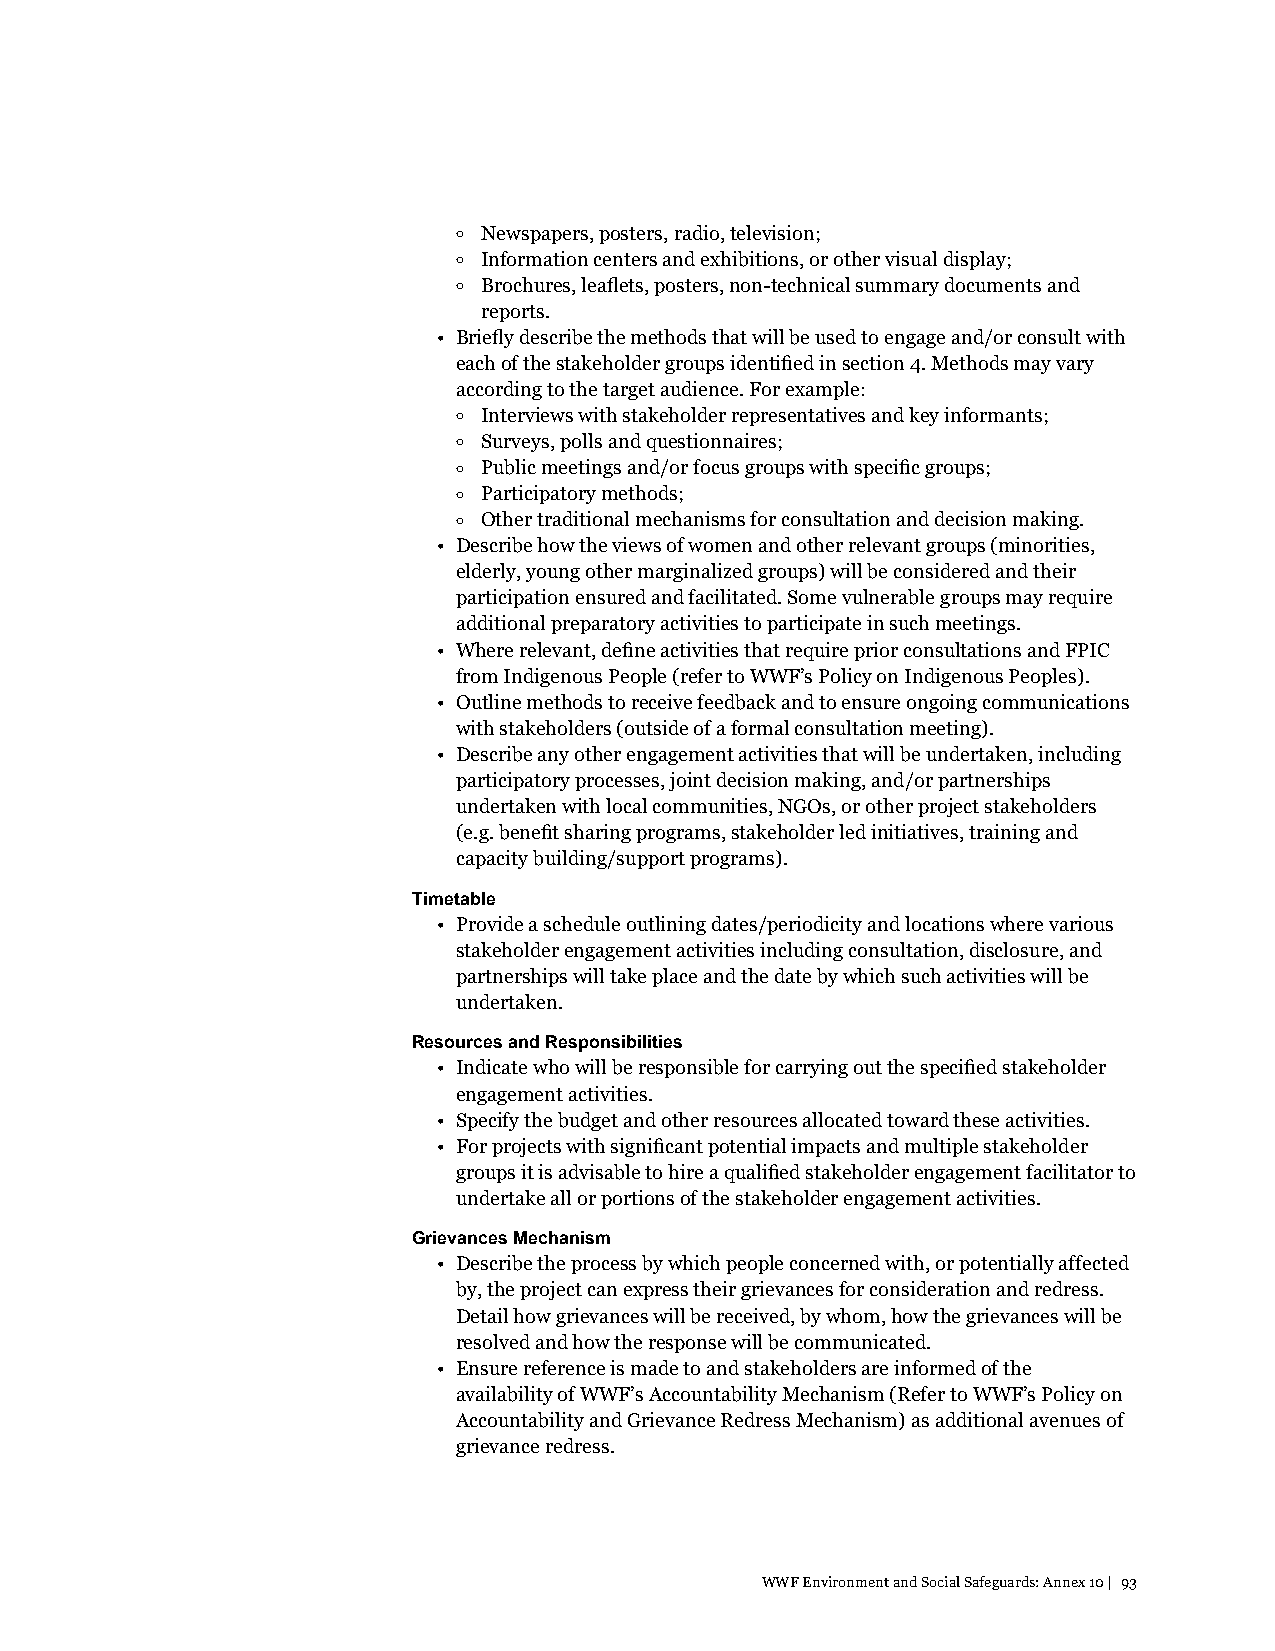
o Newspapers, posters, radio, television;
 o Information centers and exhibitions, or other visual display;
 o Brochures, leaflets, posters, non-technical summary documents and
 reports.
 • Briefly describe the methods that will be used to engage and/or consult with
 each of the stakeholder groups identified in section 4. Methods may vary
 according to the target audience. For example:
 o Interviews with stakeholder representatives and key informants;
 o Surveys, polls and questionnaires;
 o Public meetings and/or focus groups with specific groups;
 o Participatory methods;
 o Other traditional mechanisms for consultation and decision making.
 • Describe how the views of women and other relevant groups (minorities,
 elderly, young other marginalized groups) will be considered and their
 participation ensured and facilitated. Some vulnerable groups may require
 additional preparatory activities to participate in such meetings.
 • Where relevant, define activities that require prior consultations and FPIC
 from Indigenous People (refer to WWF’s Policy on Indigenous Peoples).
 • Outline methods to receive feedback and to ensure ongoing communications
 with stakeholders (outside of a formal consultation meeting).
 • Describe any other engagement activities that will be undertaken, including
 participatory processes, joint decision making, and/or partnerships
 undertaken with local communities, NGOs, or other project stakeholders
 (e.g. benefit sharing programs, stakeholder led initiatives, training and
 capacity building/support programs).
 Timetable
 • Provide a schedule outlining dates/periodicity and locations where various
 stakeholder engagement activities including consultation, disclosure, and
 partnerships will take place and the date by which such activities will be
 undertaken.
 Resources and Responsibilities
 • Indicate who will be responsible for carrying out the specified stakeholder
 engagement activities.
 • Specify the budget and other resources allocated toward these activities.
 • For projects with significant potential impacts and multiple stakeholder
 groups it is advisable to hire a qualified stakeholder engagement facilitator to
 undertake all or portions of the stakeholder engagement activities.
 Grievances Mechanism
 • Describe the process by which people concerned with, or potentially affected
 by, the project can express their grievances for consideration and redress.
 Detail how grievances will be received, by whom, how the grievances will be
 resolved and how the response will be communicated.
 • Ensure reference is made to and stakeholders are informed of the
 availability of WWF’s Accountability Mechanism (Refer to WWF’s Policy on
 Accountability and Grievance Redress Mechanism) as additional avenues of
 grievance redress.
 WWF Environment and Social Safeguards: Annex 10 | 93